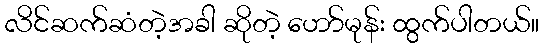
လိင်ဆက်ဆံတဲ့အခါ ဆိုတဲ့ ဟော်မုန်း ထွက်ပါတယ်။